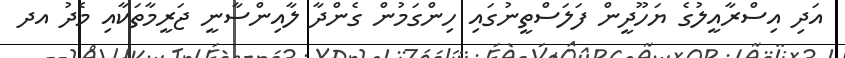
އަދި އިސްރާއީލުގެ ޔަހޫދީން ފަލަސްތީނުގައި ހިންގަމުން ގެންދާ ލާއިންސާނީ ޖަރީމާތަކާއި މެދު އދ